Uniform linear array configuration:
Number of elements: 32
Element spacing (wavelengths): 1
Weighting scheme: binomial
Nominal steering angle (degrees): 60
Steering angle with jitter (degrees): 60.955
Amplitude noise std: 0.05
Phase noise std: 0.05

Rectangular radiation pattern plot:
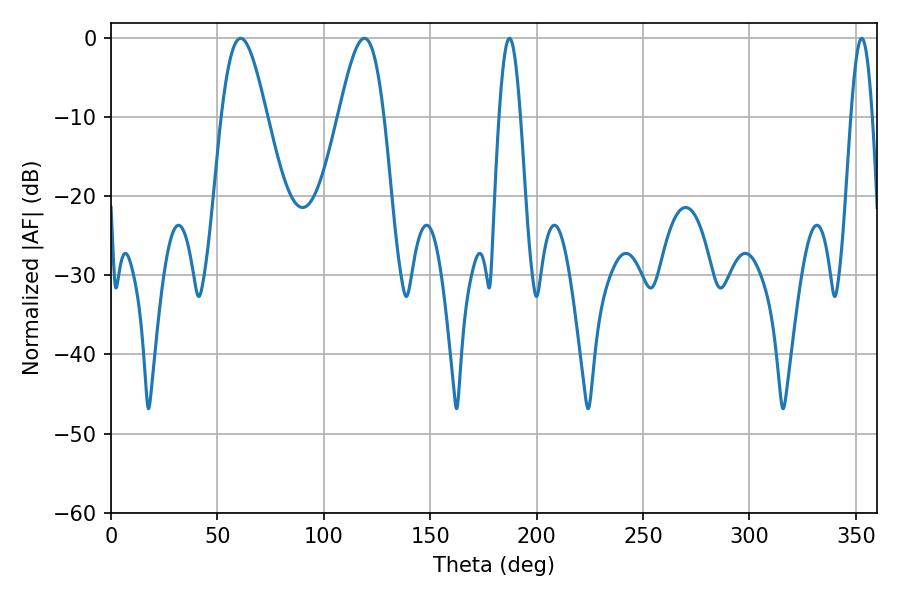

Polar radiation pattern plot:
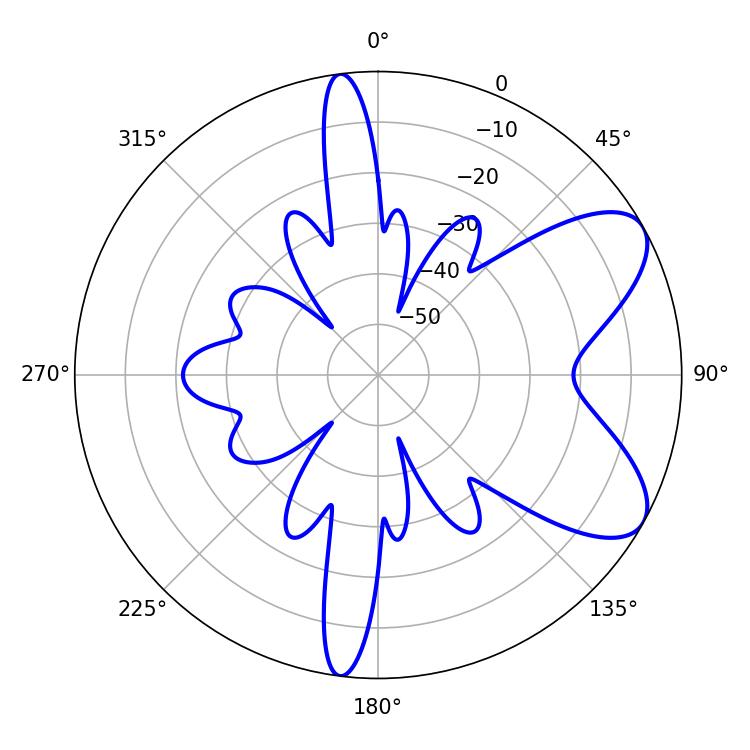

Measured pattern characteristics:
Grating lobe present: TRUE
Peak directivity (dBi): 7.445
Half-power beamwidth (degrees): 11.34
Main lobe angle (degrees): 60.84